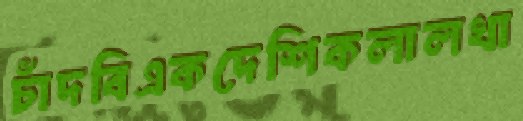
চাঁদবিএকদেশিকলালখা